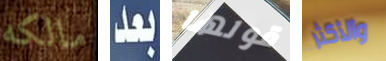
مالكه بعد قولها والأكثر